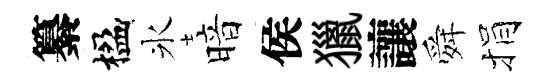
纂楹氷暗侯獵讓舜捐